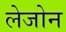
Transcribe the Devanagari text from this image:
लेजोन